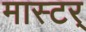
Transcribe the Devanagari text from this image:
मास्टर्